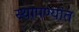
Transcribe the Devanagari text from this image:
स्थापण्यांत